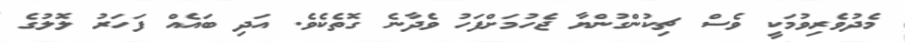
މެދުވެރިވުމަކީ ވެސް ޗިކުންގުންޔާ ޖެހުމަށްފަހު ވެދާނެ ގޮތެކެވެ. އަދި ބައެއް ފަހަރު ލޮލުގެ